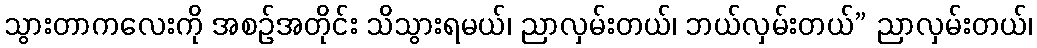
သွားတာကလေးကို အစဉ်အတိုင်း သိသွားရမယ်၊ ညာလှမ်းတယ်၊ ဘယ်လှမ်းတယ်” ညာလှမ်းတယ်၊